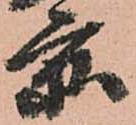
京